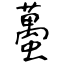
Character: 蠆